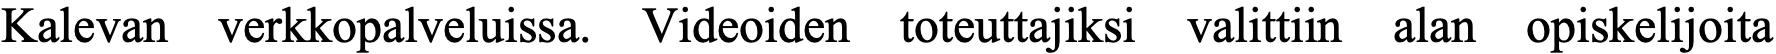
Kalevan verkkopalveluissa. Videoiden toteuttajiksi valittiin alan opiskelijoita